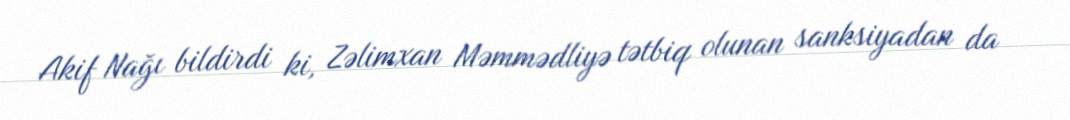
Akif Nağı bildirdi ki, Zəlimxan Məmmədliyə tətbiq olunan sanksiyadan da